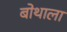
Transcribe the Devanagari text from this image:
बोथाला